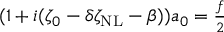
\begin{array} { r } { ( 1 + i ( \zeta _ { 0 } - \delta \zeta _ { \mathrm { N L } } - \beta ) ) a _ { 0 } = \frac { f } { 2 } } \end{array}